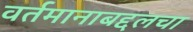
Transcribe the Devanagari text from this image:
वर्तमानाबद्दलचा